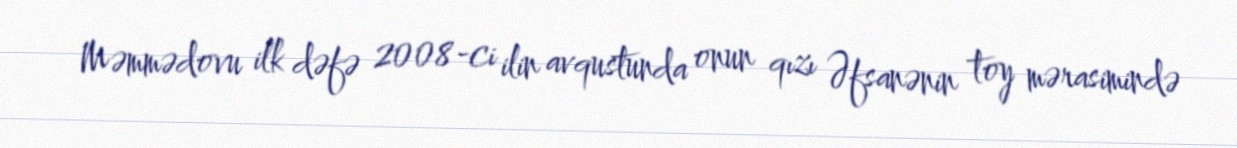
Məmmədovu ilk dəfə 2008-ci ilin avqustunda onun qızı Əfsanənin toy mərasimində